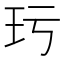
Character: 㺮